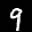
Label: 9